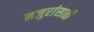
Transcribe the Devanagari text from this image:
मजुरांसाठी